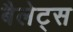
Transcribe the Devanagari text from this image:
बैलेट्स